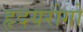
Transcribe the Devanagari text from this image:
हृदयरोगो